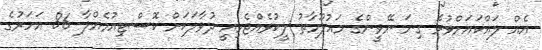
އެއް ލައްކައަށްވުރެ ގިނަ ނޭވީންގެ މައުލޫމާތު ލީކުވެއްޖެމިއީ ދުވާލަކަށް ކޮސްޓިއުމެއްލާ 86 އަހަރުގެ